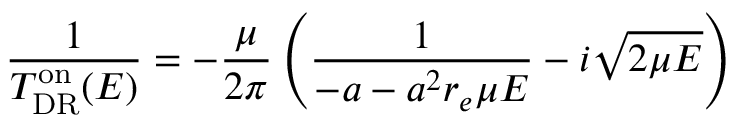
\frac { 1 } { T _ { \mathrm { D R } } ^ { \mathrm { o n } } ( E ) } = - \frac { \mu } { 2 \pi } \left( \frac { 1 } { - a - a ^ { 2 } r _ { e } \mu E } - i \sqrt { 2 \mu E } \right)